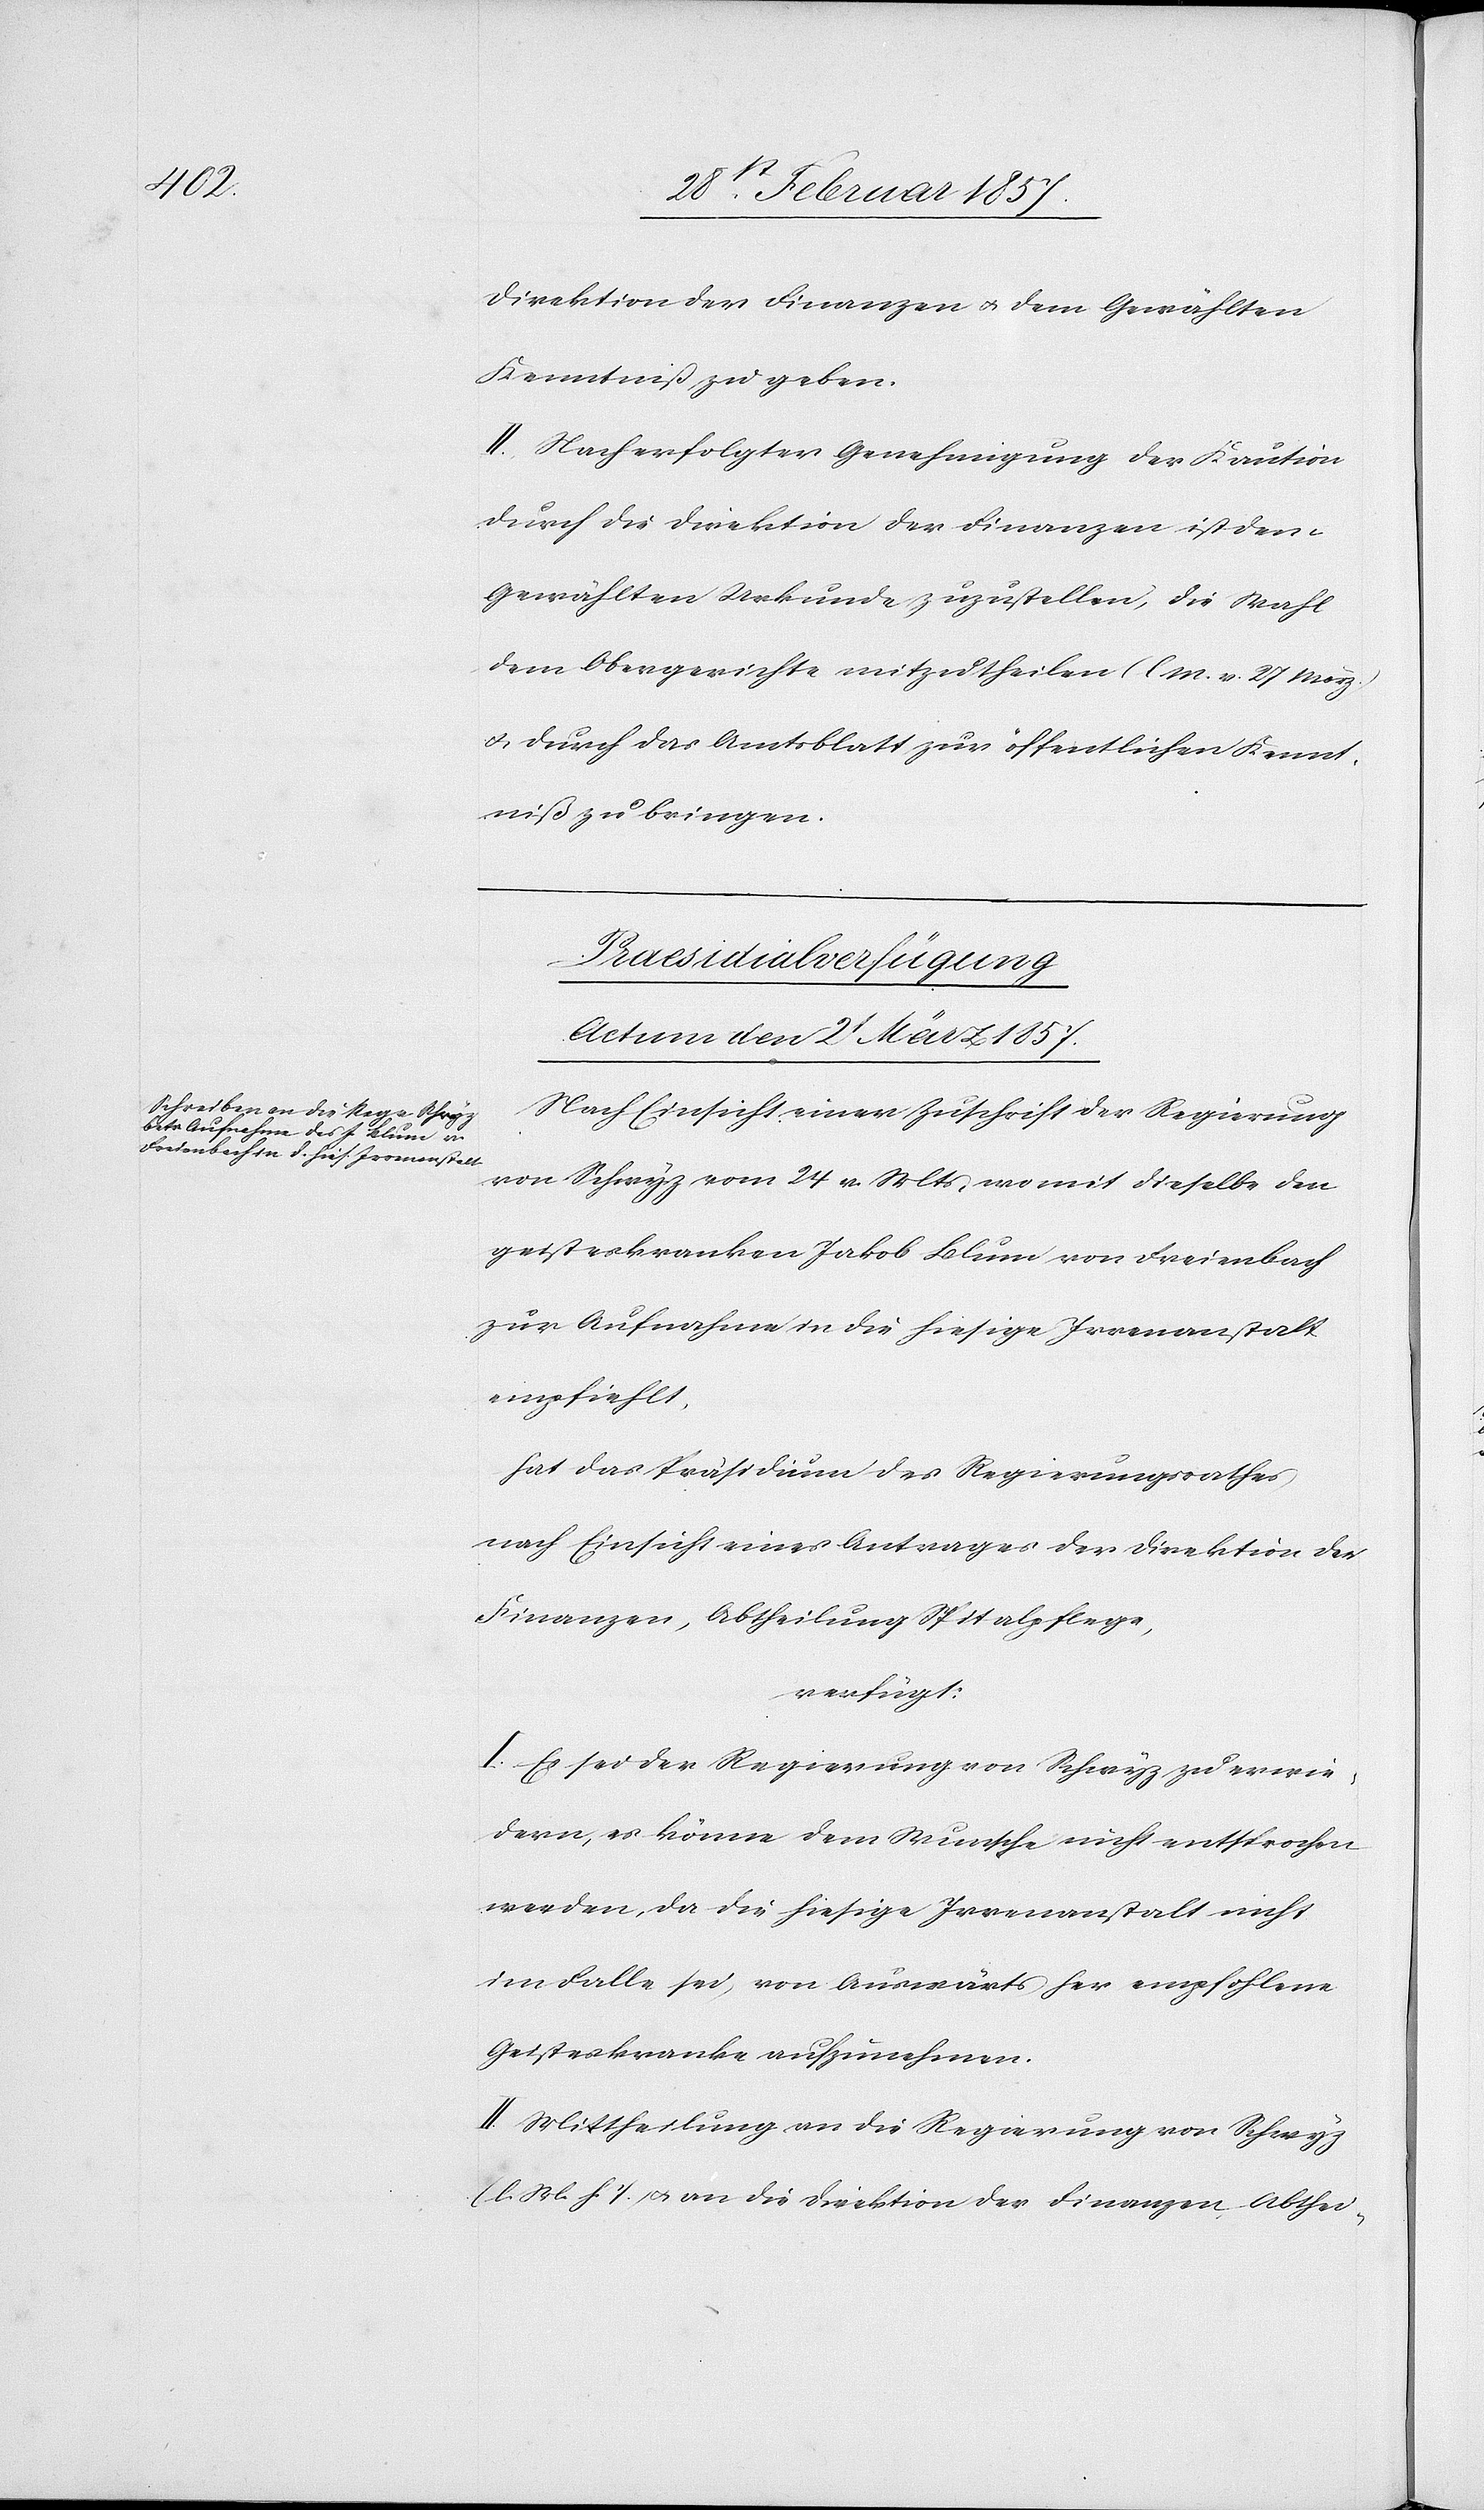
Direktion der Finanzen u. dem Gewählten
Kenntniß zu geben.
II. Nach erfolgter Genehmigung der Kaution
durch die Direktion der Finanzen ist dem
Gewählten Urkunde zuzustellen, die Wahl
dem Obergerichte mitzutheilen (l M. v. 27 März)
u. durch das Amtsblatt zur öffentlichen Kennt¬
niß zu bringen.
Praesidialverfügung
Actum den 2t März 1857.
Nach Einsicht einer Zuschrift der Regierung
von Schwyz vom 24 v. Mts, womit dieselbe den
geisteskranken Jakob Blum von Freienbach
zur Aufnahme in die hiesige Irrenanstalt
empfiehlt
hat das Präsidium des Regierungsrathes
nach Einsicht eines Antrages der Direktion der
Finanzen, Abtheilung Spitalpflege,
verfügt:
I. Es sei der Regierung von Schwyz zu erwie¬
dern, es könne dem Wunsche nicht entsprochen
werden, da die hiesige Irrenanstalt nicht
im Falle sei, von Auswärts her empfohlene
Geisteskranke aufzunehmen.
II. Mittheilung an die Regierung von Schwyz
(l. M. h. T.) u. an die Direktion der Finanzen, Abthei-